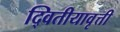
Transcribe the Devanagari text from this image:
द्वितीयावृत्ती